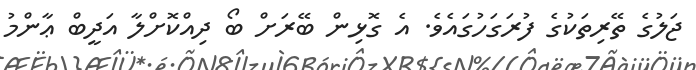
ޖަލުގެ ތޭރިތަކުގެ ފުރަގަހުގައެވެ. އެ ގޮޅިން ބޭރަށް ބޯ ދިއްކޮށްލާ އަދީބް ޢާންމު